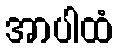
အာပါထံ